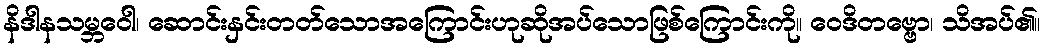
နိဒါနသမ္ဘဝေါ၊ ဆောင်းနှင်းတတ်သောအကြောင်းဟုဆိုအပ်သောဖြစ်ကြောင်းကို။ ဝေဒိတဗ္ဗော၊ သိအပ်၏။